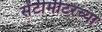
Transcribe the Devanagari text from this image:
सेंटीमीटरच्या